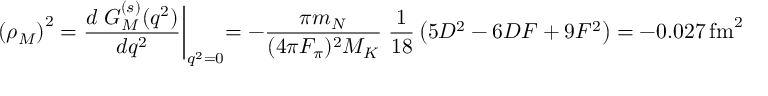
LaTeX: \left( \rho _ { M } \right) ^ { 2 } = \frac { d \; G _ { M } ^ { ( s ) } ( q ^ { 2 } ) } { d q ^ { 2 } } \biggl | _ { q ^ { 2 } = 0 } = - \frac { \pi m _ { N } } { ( 4 \pi F _ { \pi } ) ^ { 2 } M _ { K } } \; \frac { 1 } { 1 8 } \left( 5 D ^ { 2 } - 6 D F + 9 F ^ { 2 } \right) = - 0 . 0 2 7 \, \mathrm { f m } ^ { 2 } ~ .